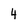
Character: 4